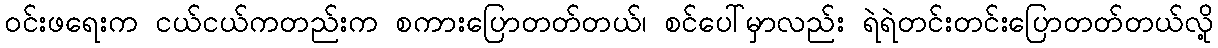
၀င်းဖရေးက ငယ်ငယ်ကတည်းက စကားပြောတတ်တယ်၊ စင်ပေါ်မှာလည်း ရဲရဲတင်းတင်းပြောတတ်တယ်လို့